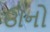
ઊનો